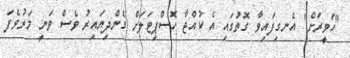
"ހަވީރަށް" އެނގިފައިވާ ގޮތުގައި އެ ކުއްޖާ ހޮސްޕިޓަލަށް ގެންދިޔައިރު ވެސް ވަނީ މަރުވެފަ